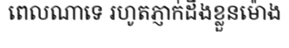
ពេលណាទេ រហូតភ្ញាក់ដឹងខ្លួនម៉ោង